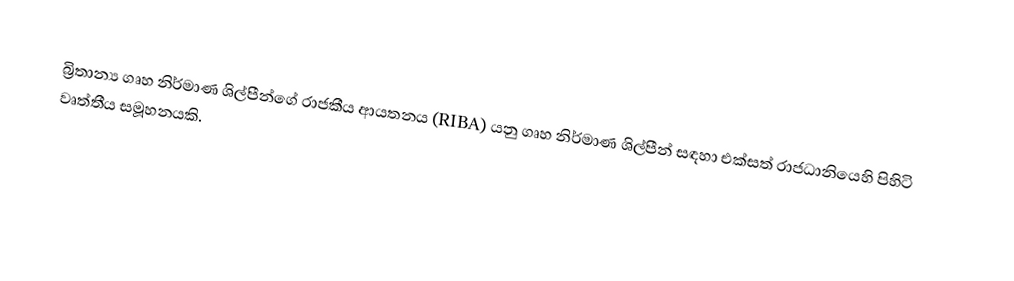
බ්‍රිතාන්‍ය ගෘහ නිර්මාණ ශිල්පීන්ගේ රාජකීය ආයතනය (RIBA) යනු ගෘහ නිර්මාණ ශිල්පීන් සඳහා එක්සත් රාජධානියෙහි පිහිටි වෘත්තීය සමූහනයකි.